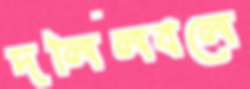
দলিলবলে